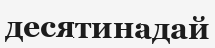
десятинадай